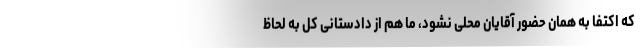
که اکتفا به همان حضور آقایان محلی نشود، ما هم از دادستانی کل به لحاظ